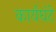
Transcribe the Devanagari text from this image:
कार्यघंटे